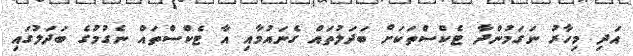
އަދި މިހާރު ނަގަމުންދާ ޓެކްސްތަކަށް ބަދަލުތައް ގެނައުމާއި އާ ޓެކްސްތައް ނެގުމުގެ ބަދަލުގައި